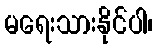
မရေးသားနိုင်ပါ၊